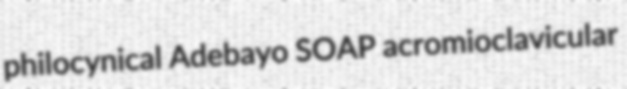
philocynical Adebayo SOAP acromioclavicular